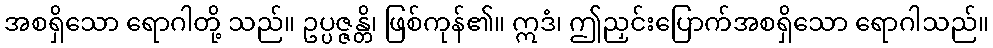
အစရှိသော ရောဂါတို့ သည်။ ဥပ္ပဇ္ဇန္တိ၊ ဖြစ်ကုန်၏။ ဣဒံ၊ ဤညှင်းပြောက်အစရှိသော ရောဂါသည်။